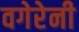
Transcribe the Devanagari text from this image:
वगेरेनी